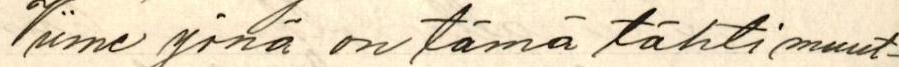
Viime yönä on tämä tähti muut-